Leaving Certificate Examination (including Day School Certificate (Higher) General paper), 1937
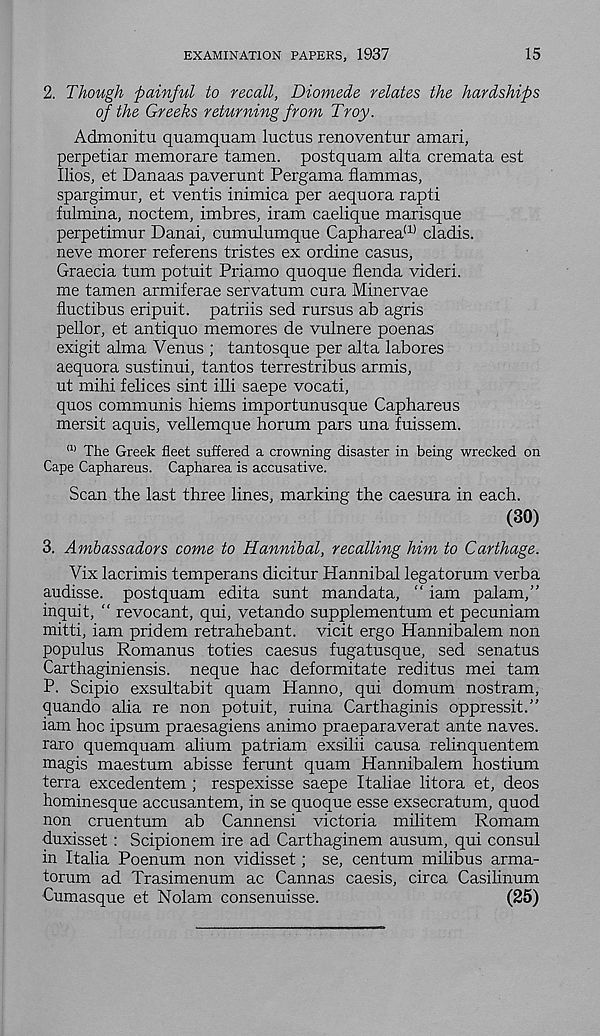
EXAMINATION PAPERS, 1937
15
2. Though painful to recall, Diomede relates the hardships
of the Greeks returning from Troy.
Admonitu quamquam luctus renoventur amari,
perpetiar memorare tamen. postquam alta cremata est
Ilios, et Danaas paverunt Pergama flammas,
spargimur, et ventis inimica per aequora rapti
fulmina, noctem, imbres, iram caelique marisque
perpetimur Danai, cumulumque Capharea U) cladis.
neve morer referens tristes ex ordine casus,
Graecia turn potuit Priamo quoque flenda videri.
me tamen armiferae servatum cura Minervae
fluctibus eripuit. patriis sed rursus ab agris
pellor, et antique memores de vulnere poenas
exigit alma Venus ; tantosque per alta labores
aequora sustinui, tantos terrestribus armis,
ut mihi felices sint ill! saepe vocati,
quos communis hiems importunusque Caphareus
mersit aquis, vellemque horum pars una fuissem.
(1) The Greek fleet suffered a crowning disaster in being wrecked on
Cape Caphareus. Capharea is accusative.
Scan the last three lines, marking the caesura in each.
(30)
3. Ambassadors come to Hannibal, recalling him to Carthage.
Vix lacrimis temperans dicitur Hannibal legatorum verba
audisse. postquam edita sunt mandata, “ iam palam,”
inquit, “ revocant, qui, vetando supplementum et pecuniam
mitti, iam pridem retrahebant. vicit ergo Hannibalem non
populus Romanus toties caesus fugatusque, sed senatus
Carthaginiensis. neque hac deformitate reditus mei tarn
P. Scipio exsultabit quam Hanno, qui domum nostrum,
quando alia re non potuit, ruina Carthaginis oppressit.”
iam hoc ipsum praesagiens animo praeparaverat ante naves,
raro quemquam ahum patriam exsilii causa relinquentem
magis maestum abisse ferunt quam Hannibalem hostium
terra excedentem ; respexisse saepe Italiae litora et, deos
hominesque accusantem, in se quoque esse exsecratum, quod
non cruentum ab Cannensi victoria militem Romam
duxisset : Scipionem ire ad Carthaginem ausum, qui consul
in Italia Poenum non vidisset; se, centum milibus arma-
torum ad Trasimenum ac Gannas caesis, circa Casilinum
Cumasque et Nolam consenuisse.
(25)